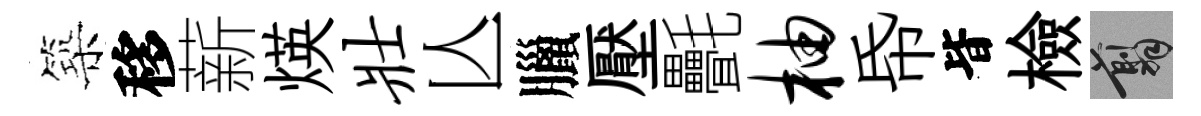
築移薪煐壮亾臘壓㲲柚帋𣅜檢翦